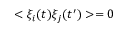
< \xi _ { i } ( t ) \xi _ { j } ( t ^ { \prime } ) > = 0